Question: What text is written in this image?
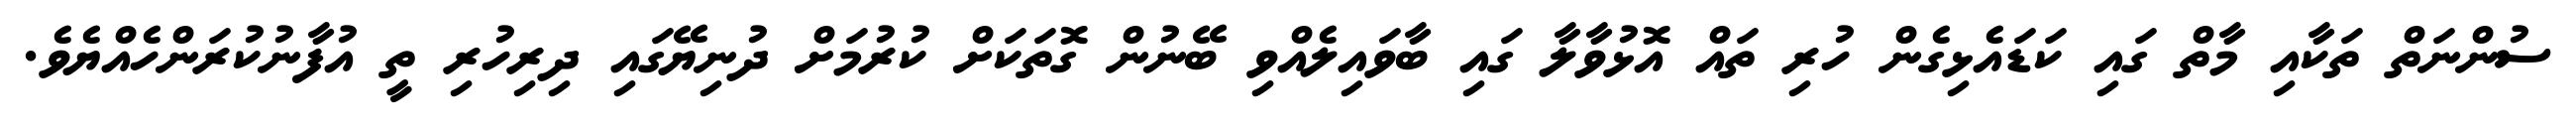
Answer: ސުންނަތް ތަކާއި މާތް ގައި ކަޑައެޅިގެން ހުރި ތައް އޮޅުވާލާ ގައި ބާވައިލެއްވި ބޭނުން ގޮތަކަށް ކުރުމަށް ދުނިޔޭގައި ދިރިހުރި ތީ އުފާނުކުރަންހެއްޔެވެ.